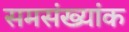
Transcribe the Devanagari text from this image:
समसंख्यांक